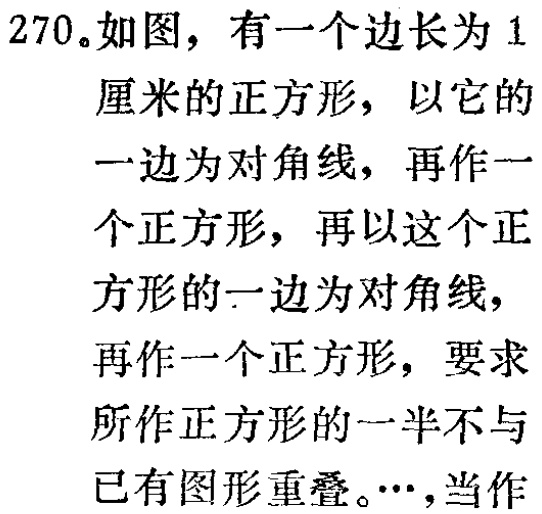
270。如图，有一个边长为1厘米的正方形，以它的一边为对角线，再作一个正方形，再以这个正方形的一边为对角线，再作一个正方形，要求所作正方形的一半不与已有图形重叠。…，当作